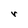
Character: r